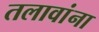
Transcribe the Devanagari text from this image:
तलावांना